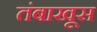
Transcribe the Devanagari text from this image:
तंबाखूस